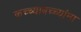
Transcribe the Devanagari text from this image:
कच्च्याबच्च्यांना